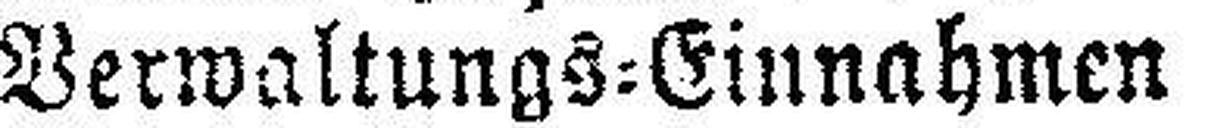
Verwaltungs=Einnahmen